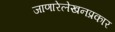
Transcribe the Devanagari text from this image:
जाणारेलेखनप्रकार